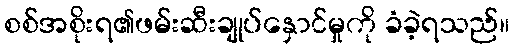
စစ်အစိုးရ၏ဖမ်းဆီးချုပ်နှောင်မှုကို ခံခဲ့ရသည်။